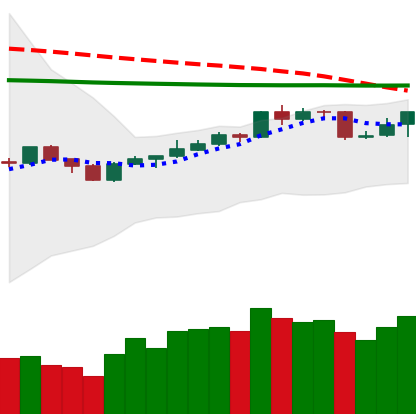
Ticker: BNB-USD
Chart end date: 2020-04-13
Forward return: 10.368%
Label: up_7plus